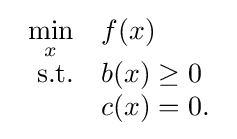
{\begin{array}{rl}\min \limits _{x}&f(x)\\{\mbox{s.t.}}&b(x)\geq 0\\&c(x)=0.\end{array}}